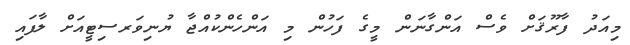
މިއަދު ފާރޫޤަށް ވެސް އަންގާނަން މީގެ ފަހުން މި އަންހެންކުއްޖާ ޔުނިވަރސިޓީއަށް ލާފައި